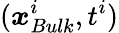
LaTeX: (\boldsymbol{x}_{Bulk}^{i},t^{i})